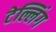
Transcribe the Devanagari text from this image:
टेल्लिंग